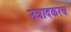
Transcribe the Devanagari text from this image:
उत्रादकरच